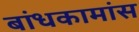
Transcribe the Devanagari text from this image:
बांधकामांस